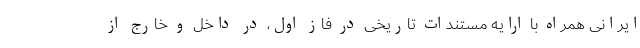
ایرانی همراه با ارایه مستندات تاریخی در فاز اول، در داخل و خارج از